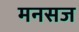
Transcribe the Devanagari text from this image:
मनसज